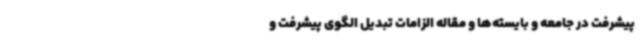
پیشرفت در جامعه و بایسته‌ها و مقاله الزامات تبدیل الگوی پیشرفت و